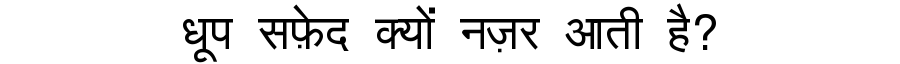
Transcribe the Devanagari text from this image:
धूप सफ़ेद क्यों नज़र आती है?